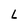
Character: L